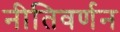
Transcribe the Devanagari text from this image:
नीतिवर्णन